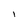
Character: I